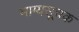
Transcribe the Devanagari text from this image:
भाग्यसूचक